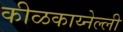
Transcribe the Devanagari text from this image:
कीळकाय्नेल्ली